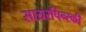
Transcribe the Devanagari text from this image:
सायरपिन्स्की